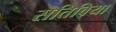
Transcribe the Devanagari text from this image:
सतिविया